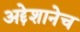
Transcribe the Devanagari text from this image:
अद्देशानेच